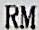
RM